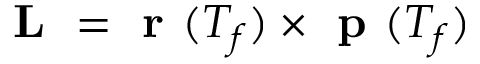
\textbf { L } = \textbf { r } ( T _ { f } ) \times \textbf { p } ( T _ { f } )